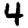
Digit: 4